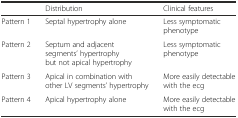
|  | Distribution | Clinical features |
 | --- | --- | --- |
 | Pattern 1 | Septal hypertrophy alone | Less symptomatic phenotype |
 | Pattern 2 | Septum and adjacent segments’ hypertrophy but not apical hypertrophy | Less symptomatic phenotype |
 | Pattern 3 | Apical in combination with other LV segments’ hypertrophy | More easily detectable with the ecg |
 | Pattern 4 | Apical hypertrophy alone | More easily detectable with the ecg |